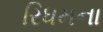
રિધમના